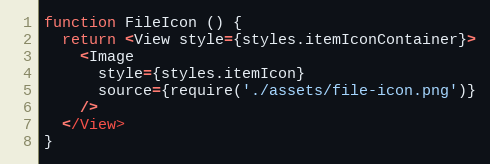
Language: JavaScript
function FileIcon () {
  return <View style={styles.itemIconContainer}>
    <Image
      style={styles.itemIcon}
      source={require('./assets/file-icon.png')}
    />
  </View>
}